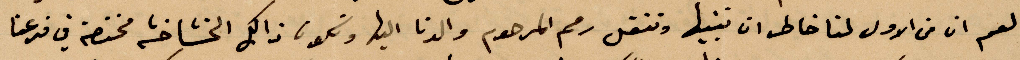
العم ان من الأول لنا خاطر ان تبنيها وتنقل رمم المرحوم والدنا اليها ونكون ذلك الخشاخشة مختصة في فرعنا